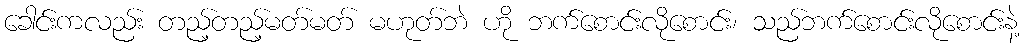
ခေါင်းကလည်း တည့်တည့်မတ်မတ် မဟုတ်ဘဲ ဟို ဘက်စောင်းလိုစောင်း၊ သည်ဘက်စောင်းလိုစောင်းနဲ့